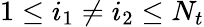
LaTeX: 1\le i_{1}\neq i_{2}\le N_{t}